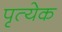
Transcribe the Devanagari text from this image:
पृत्येक